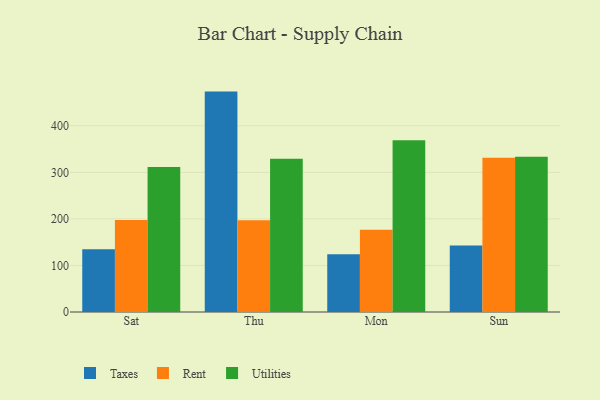
{"axis": {"x": "Day", "y": "Customer Acquisition Cost (USD)"}, "legend": ["Rent", "Taxes", "Utilities"], "data": [{"x": "Sat", "y": 134.6, "type": "Taxes"}, {"x": "Sat", "y": 197.4, "type": "Rent"}, {"x": "Sat", "y": 311.6, "type": "Utilities"}, {"x": "Thu", "y": 473.4, "type": "Taxes"}, {"x": "Thu", "y": 197.0, "type": "Rent"}, {"x": "Thu", "y": 329.0, "type": "Utilities"}, {"x": "Mon", "y": 124.0, "type": "Taxes"}, {"x": "Mon", "y": 176.5, "type": "Rent"}, {"x": "Mon", "y": 369.0, "type": "Utilities"}, {"x": "Sun", "y": 143.0, "type": "Taxes"}, {"x": "Sun", "y": 331.5, "type": "Rent"}, {"x": "Sun", "y": 333.5, "type": "Utilities"}]}